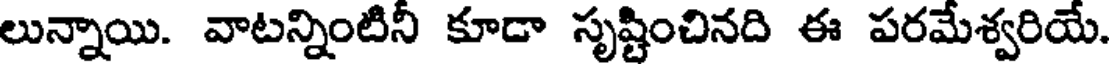
లున్నాయి. వాటన్నింటినీ కూడా సృష్టించినది ఈ పరమేశ్వరియే.